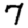
Digit: 7